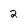
Character: 2